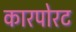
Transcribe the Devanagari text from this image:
कारपोरट